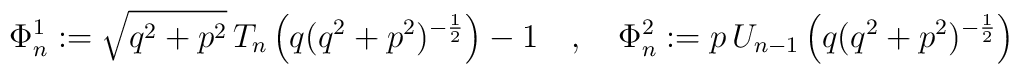
\Phi^1_n:=\sqrt{q^2+p^2}\,T_n\left(q(q^2+p^2)^{-\frac{1}{2}}\right)-1\quad,\quad \Phi^2_n:=p\,U_{n-1}\left(q(q^2+p^2)^{-\frac{1}{2}}\right)